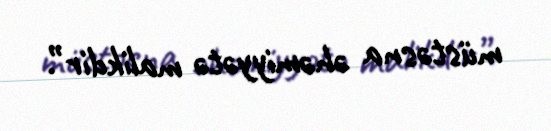
müstəsna əhəmiyyətə malikdir”.